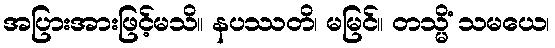
အပြားအားဖြင့်မသိ။ နပဿတိ၊ မမြင်။ တသ္မိံ သမယေ၊